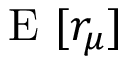
\mathrm { ~ E ~ } [ r _ { \mu } ]